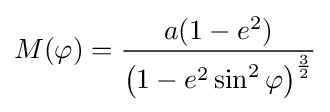
M(\varphi )={\frac {a(1-e^{2})}{\left(1-e^{2}\sin ^{2}\varphi \right)^{\frac {3}{2}}}}